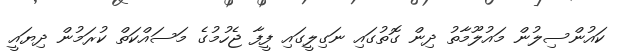
ކައުންސިލުން މައުލޫމާތު ދިން ގޮތުގައި ނަގިލީގައި ފީފާ ޖެހުމުގެ މަސައްކަތް ކުރަމުން ދިޔައީ